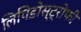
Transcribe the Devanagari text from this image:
लिपिडोस्ट्रोफी